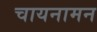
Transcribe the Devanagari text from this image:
चायनामन